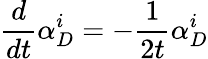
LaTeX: \frac{d}{dt}\alpha_{D}^{i}=-\frac{1}{2t}\alpha_{D}^{i}